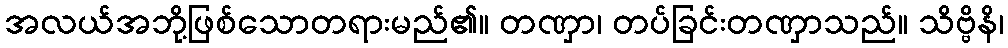
အလယ်အဘို့ဖြစ်သောတရားမည်၏။ တဏှာ၊ တပ်ခြင်းတဏှာသည်။ သိဗ္ဗိနိ၊